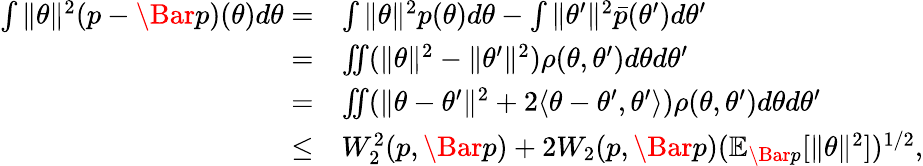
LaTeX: \begin{array}{rl}{\int\| \theta\| ^{2}(p-\Bar{p})(\theta)d\theta=}&{\int\| \theta\| ^{2}p(\theta)d\theta-\int\| \theta^{\prime}\| ^{2}\bar{p}(\theta^{\prime})d\theta^{\prime}}\\ {=}&{\iint(\| \theta\| ^{2}-\| \theta^{\prime}\| ^{2})\rho(\theta,\theta^{\prime})d\theta d\theta^{\prime}}\\ {=}&{\iint(\| \theta-\theta^{\prime}\| ^{2}+2\langle\theta-\theta^{\prime},\theta^{\prime}\rangle)\rho(\theta,\theta^{\prime})d\theta d\theta^{\prime}}\\ {\leq}&{W_{2}^{2}(p,\Bar{p})+2W_{2}(p,\Bar{p})(\mathbb{E}_{\Bar{p}}[\| \theta\| ^{2}])^{1/2},}\end{array}